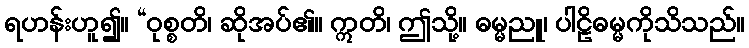
ရဟန်းဟူ၍။ “ဝုစ္စတိ၊ ဆိုအပ်၏။ ဣတိ၊ ဤသို့။ ဓမ္မညူ၊ ပါဠိဓမ္မကိုသိသည်။